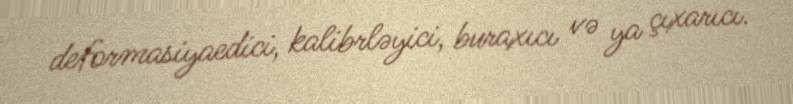
deformasiyaedici, kalibrləyici, buraxıcı və ya çıxarıcı.